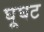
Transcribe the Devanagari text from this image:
घूघट